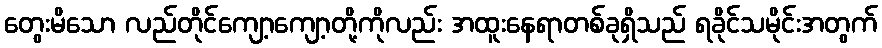
တွေးမိသော လည်တိုင်ကျော့ကျော့တို့ကိုလည်း အထူးနေရာတစ်ခုရှိသည် ရခိုင်သမိုင်းအတွက်